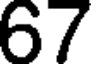
67